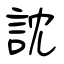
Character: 訦